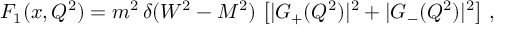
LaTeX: F _ { 1 } ( x , Q ^ { 2 } ) = m ^ { 2 } \, \delta ( W ^ { 2 } - M ^ { 2 } ) \, \left[ | G _ { + } ( Q ^ { 2 } ) | ^ { 2 } + | G _ { - } ( Q ^ { 2 } ) | ^ { 2 } \right] \, ,